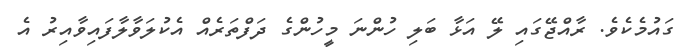
ގައުމެކެވެ. ރާއްޖޭގައި ލޭ އަޅާ ބަލި ހުންނަ މީހުންގެ ދަފްތަރެއް އެކުލަވާލާފައިވާއިރު އެ